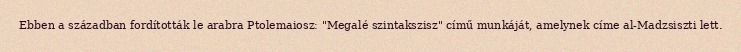
Ebben a században fordították le arabra Ptolemaiosz: "Megalé szintakszisz" című munkáját, amelynek címe al-Madzsiszti lett.